Insane asylums in Bengal annual reports 1867-1875 - 1867-1875
Year: 1867
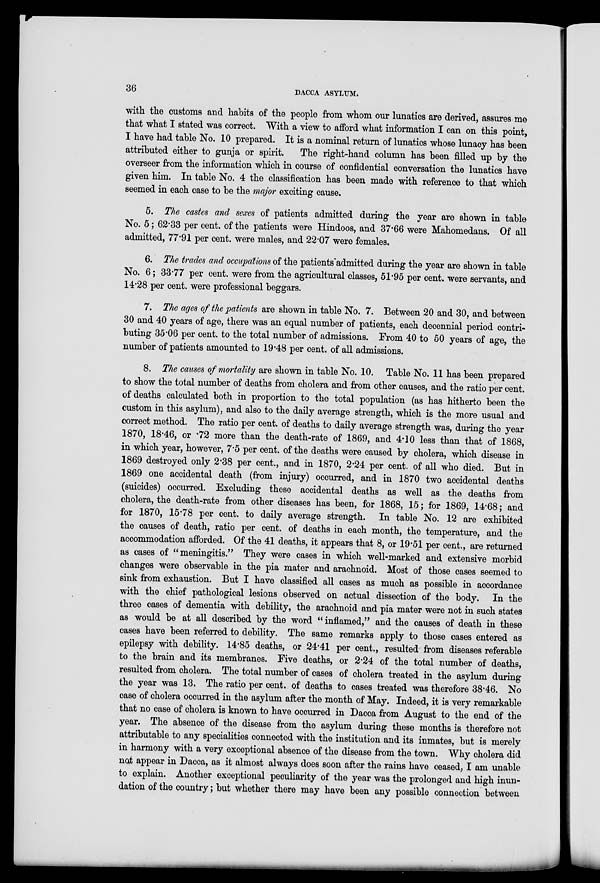
36
DACCA ASYLUM.
with the customs and habits of the people from whom our lunatics are derived, assures me
that what I stated was correct. With a view to afford what information I can on this point,
I have had table No. 10 prepared. It is a nominal return of lunatics whose lunacy has been
attributed either to gunja or spirit.
The right-hand column has been filled up by the
overseer from the information which in course of confidential conversation the lunatics have
given him. In table No. 4 the classification has been made with reference to that which
seemed in each case to be the major exciting cause.
5. The castes and sexes of patients admitted during the year are shown in table
No. 5; 62.33 per cent. of the patients were Hindoos, and 37.66 were Mahomedans. Of all
admitted, 77.91 per cent. were males, and 22.07 were females.
6. The trades and occupations of the patients admitted during the year are shown in table
No. 6; 33.77 per cent. were from the agricultural classes, 51.95 per cent. were servants, and
14.28 per cent. were professional beggars.
7. The ages of the patients are shown in table No. 7. Between 20 and 30, and between
30 and 40 years of age, there was an equal number of patients, each decennial period contri-
buting 35.06 per cent. to the total number of admissions. From 40 to 50 years of age, the
number of patients amounted to 19.48 per cent. of all admissions.
8. The causes of mortality are shown in table No. 10. Table No. 11 has been prepared
to show the total number of deaths from cholera and from other causes, and the ratio per cent.
of deaths calculated both in proportion to the total population (as has hitherto been the
custom in this asylum), and also to the daily average strength, which is the more usual and
correct method. The ratio per cent. of deaths to daily average strength was, during the year
1870, 18.46, or .72 more than the death-rate of 1869, and 4.10 less than that of 1868,
in which year, however, 7.5 per cent. of the deaths were caused by cholera, which disease in
1869 destroyed only 2.38 per cent., and in 1870, 2.24 per cent. of all who died. But in
1869 one accidental death (from injury) occurred, and in 1870 two accidental deaths
(suicides) occurred. Excluding these accidental deaths as well as the deaths from
cholera, the death-rate from other diseases has been, for 1868, 15; for 1869, 14.68; and
for 1870, 15.78 per cent. to daily average strength. In table No. 12 are exhibited
the causes of death, ratio per cent. of deaths in each month, the temperature, and the
accommodation afforded. Of the 41 deaths, it appears that 8, or 19.51 per cent., are returned
as cases of "meningitis." They were cases in which well-marked and extensive morbid
changes were observable in the pia mater and arachnoid. Most of those cases seemed to
sink from exhaustion. But I have classified all cases as much as possible in accordance
with the chief pathological lesions observed on actual dissection of the body. In the
three cases of dementia with debility, the arachnoid and pia mater were not in such states
as would be at all described by the word " inflamed," and the causes of death in these
cases have been referred to debility. The same remarks apply to those cases entered as
epilepsy with debility. 14.85 deaths, or 24.41 per cent., resulted from diseases referable
to the brain and its membranes. Five deaths, or 2.24 of the total number of deaths,
resulted from cholera. The total number of cases of cholera treated in the asylum during
the year was 13. The ratio per cent. of deaths to cases treated was therefore 38.46. No
case of cholera occurred in the asylum after the month of May. Indeed, it is very remarkable
that no case of cholera is known to have occurred in Dacca from August to the end of the
year. The absence of the disease from the asylum during these months is therefore not
attributable to any specialities connected with the institution and its inmates, but is merely
in harmony with a very exceptional absence of the disease from the town. Why cholera did
not appear in Dacca, as it almost always does soon after the rains have ceased, I am unable
to explain. Another exceptional peculiarity of the year was the prolonged and high inun-
dation of the country; but whether there may have been any possible connection between